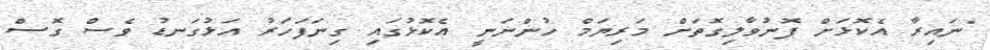
"ނައިރާ އެކޮޅަށް ފޮނުވާލިގޮތަށް މަރިޔަމް ހުންނަނީ އެކޮޅުގައި ގިނަފަހަރު އަޅުގަނޑު ވެސް ގޮސް